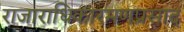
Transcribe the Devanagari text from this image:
राजाराधिकारमणप्रसाद